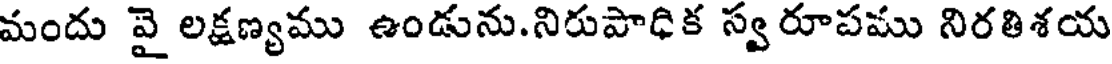
మందు వై లక్షణ్యము ఉండును.నిరుపాధిక స్వరూపము నిరతిశయ